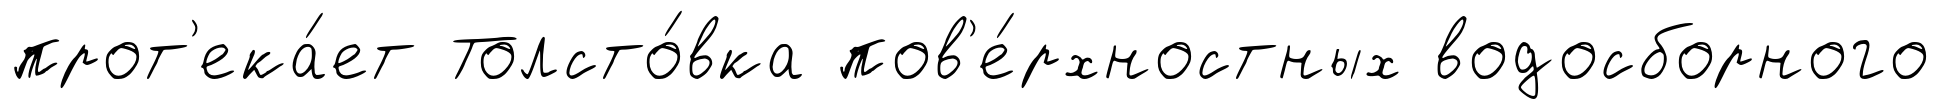
прот'ека́ет Толсто́вка пов'е́рхностных водосборного